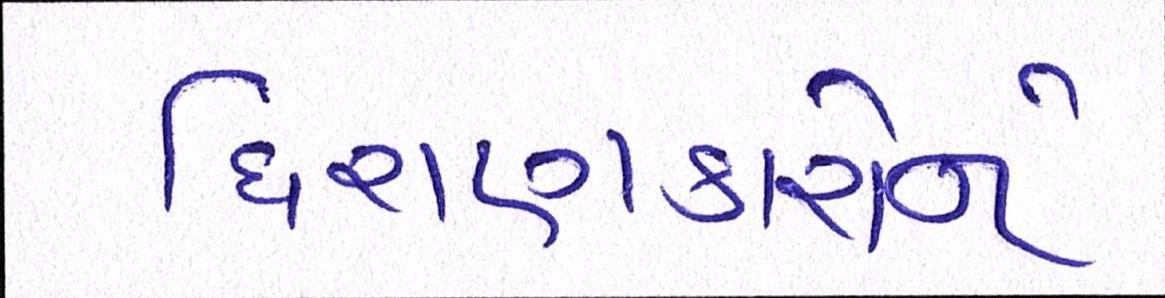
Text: ધિરાણકારોને